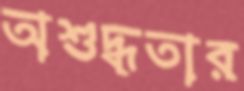
অশুদ্ধতার